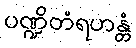
ပဏ္ဍိတံရဟန္တံ